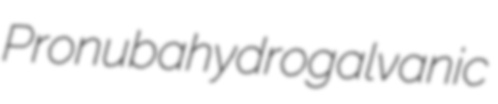
Pronuba hydrogalvanic